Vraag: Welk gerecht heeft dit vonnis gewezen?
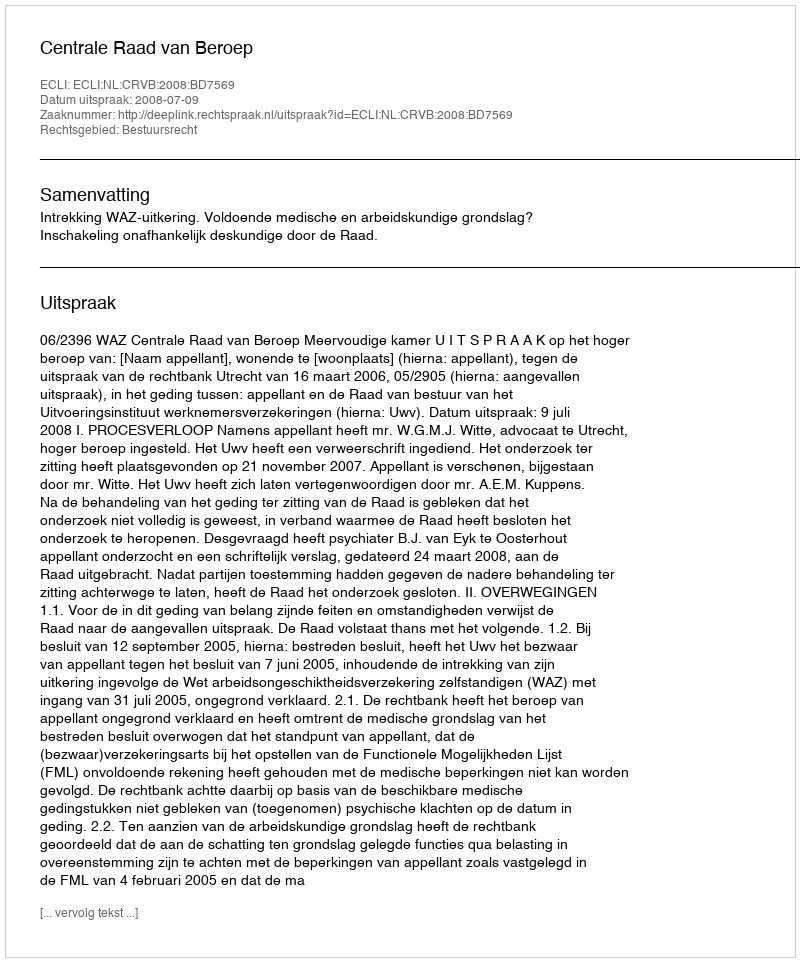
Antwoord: Centrale Raad van Beroep